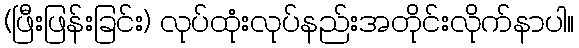
(ဖြီးဖြန်းခြင်း) လုပ်ထုံးလုပ်နည်းအတိုင်းလိုက်နာပါ။